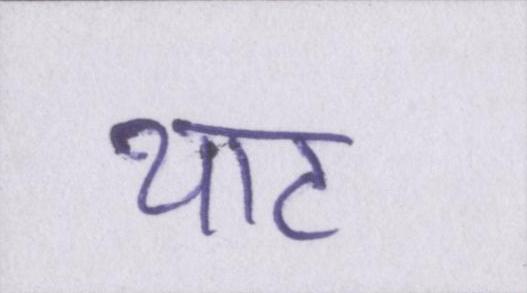
थाट